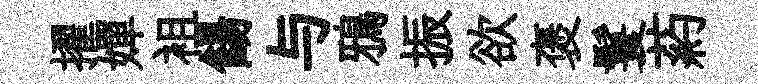
擢嬋袓餳与鴉振欲褒鬟葯